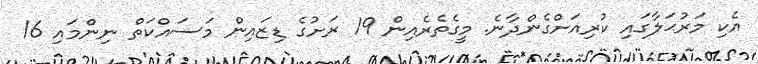
އެކި މަރުޙަލާގައި ކުރިއަށްގެންދާނެ. މީގެތެރެއިން 19 ރަށުގެ ޑިޒައިން މަސައްކަތް ނިންމައި 16